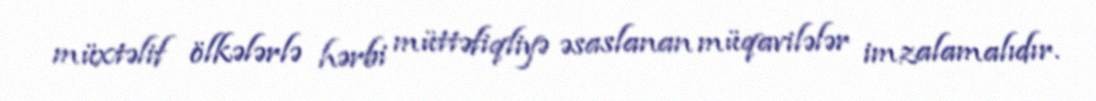
müxtəlif ölkələrlə hərbi müttəfiqliyə əsaslanan müqavilələr imzalamalıdır.